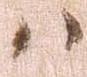
ハ